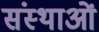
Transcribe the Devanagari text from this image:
संस्थाआें